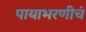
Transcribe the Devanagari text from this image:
पायाभरणीचं